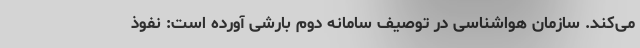
می‌کند. سازمان هواشناسی در توصیف سامانه دوم بارشی آورده است: نفوذ